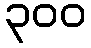
၃၀၀